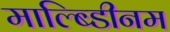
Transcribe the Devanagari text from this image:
माल्ब्डिीनम